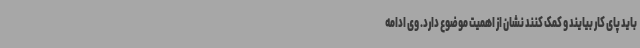
باید پای کار بیایند و کمک کنند نشان از اهمیت موضوع دارد. وی ادامه